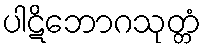
ပါဋိဘောဂသုတ္တံ